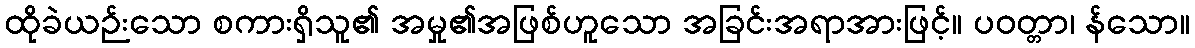
ထိုခဲယဉ်းသော စကားရှိသူ၏ အမှု၏အဖြစ်ဟူသော အခြင်းအရာအားဖြင့်။ ပဝတ္တာ၊ န်သော။